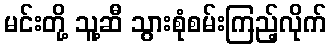
မင်းတို့ သူ့ဆီ သွားစုံစမ်းကြည့်လိုက်